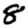
Digit: 8